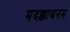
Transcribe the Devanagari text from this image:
मदक्काथनम